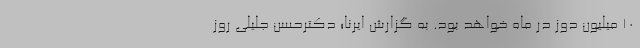
۱۰ میلیون دوز در ماه خواهد بود. به گزارش ایرنا؛ دکترحسن جلیلی روز